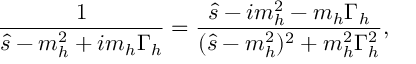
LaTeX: \frac { 1 } { \hat { s } - m _ { h } ^ { 2 } + i m _ { h } \Gamma _ { h } } = \frac { \hat { s } - i m _ { h } ^ { 2 } - m _ { h } \Gamma _ { h } } { ( \hat { s } - m _ { h } ^ { 2 } ) ^ { 2 } + m _ { h } ^ { 2 } \Gamma _ { h } ^ { 2 } } , \,